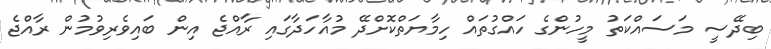
ބިދޭސީ މަސައްކަތު މީހުންގެ ހައްގުތައް ހިމާޔަތްކޮށްދޭ މުއާހަދާގައި ރާއްޖެ އިން ބައިވެރިވުމުން ރާއްޖެ